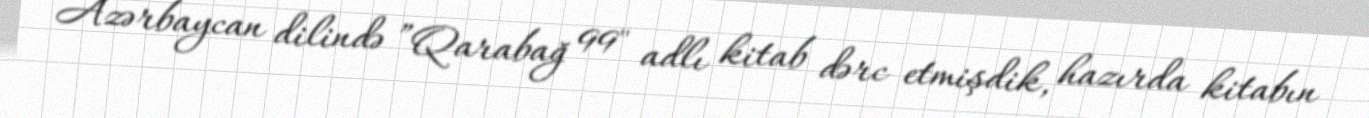
Azərbaycan dilində ”Qarabağ 99" adlı kitab dərc etmişdik, hazırda kitabın